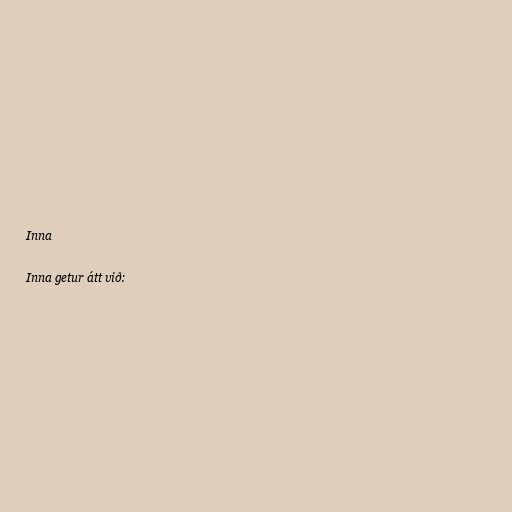
Inna

Inna getur átt við: